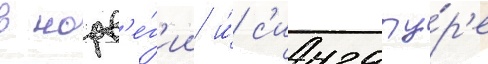
в норв'е́г'ии и́ с'ингапу́р'е